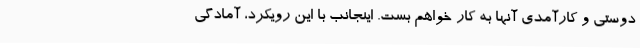
دوستی و کارآمدی آنها به کار خواهم بست. اینجانب با این رویکرد، آمادگی